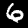
Label: 6